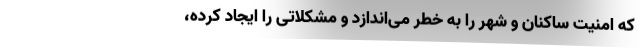
که امنیت ساکنان و شهر را به خطر می‌اندازد و مشکلاتی را ایجاد کرده،